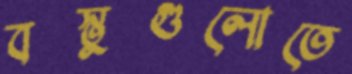
বস্তুগুলোতে